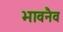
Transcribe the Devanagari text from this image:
भावनैव